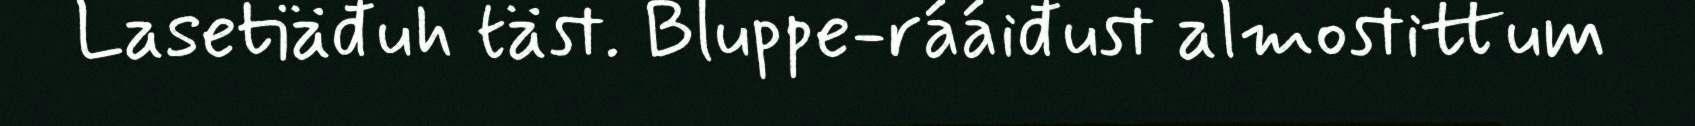
Lasetiäđuh täst. Bluppe-rááiđust almostittum